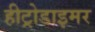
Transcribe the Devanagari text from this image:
हीट्रोडाइमर